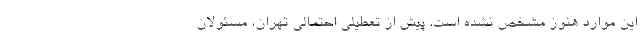
این موارد هنوز مشخص نشده است. پیش از تعطیلی احتمالی تهران، مسئولان